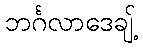
ဘင်္ဂလာဒေချ့်